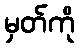
မှတ်ကို